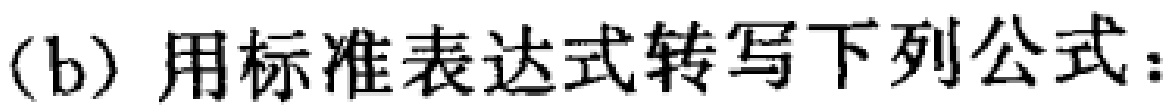
(b) 用标准表达式转写下列公式：